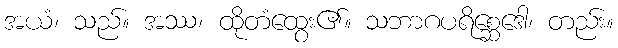
အယံ၊ သည်။ အဿ၊ ထိုတံထွေး၏။ သဘာဂပရိစ္ဆေဒေါ၊ တည်း။